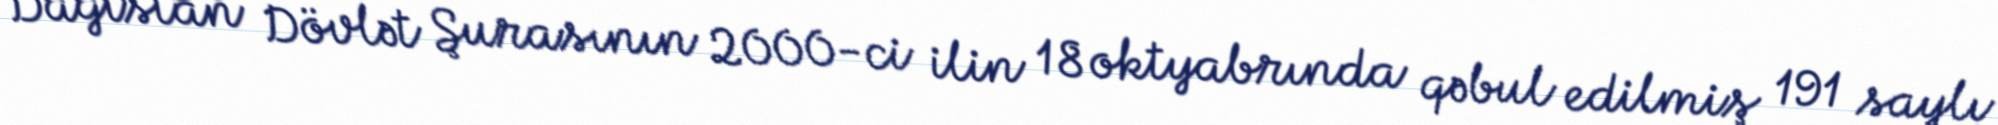
Dağıstan Dövlət Şurasının 2000-ci ilin 18 oktyabrında qəbul edilmiş 191 saylı